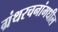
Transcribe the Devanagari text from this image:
ग्रंथरचनांमधील